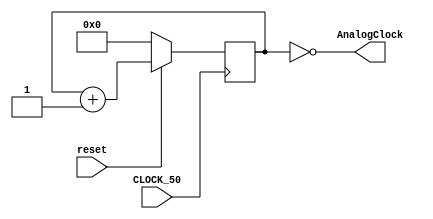
module clkdev (
    input CLOCK_50,reset,
    output AnalogClock
);
    reg [4:0] count;
// analog update divided clock
always @ (posedge CLOCK_50) 
begin
	if(reset==0)
	count <= 0; 
	else
        count <= count + 1; 
end	
assign AnalogClock = (count==0);	

endmodule